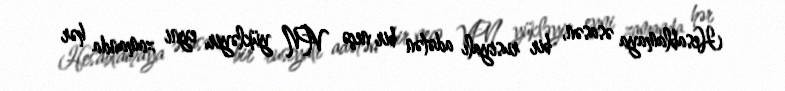
Hesablamaya əsasən, bir rusiyalı adətən bir neçə VPN yükləyir, eyni zamanda hər